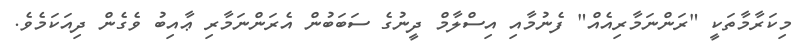
މިކަަރާމާތަކީ "ރަންނަމާރިއެއް" ފެނުމާއި އިސްލާމް ދީނުގެ ސަބަބުން އެރަންނަމާރި ޢާއިބު ވެގެން ދިއަކަމެވެ.